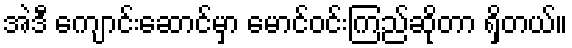
အဲဒီ ကျောင်းဆောင်မှာ မောင်ဝင်းကြည်ဆိုတာ ရှိတယ်။